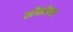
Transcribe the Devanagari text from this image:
लीमोन्या